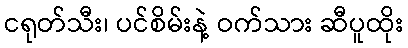
ငရုတ်သီး၊ ပင်စိမ်းနဲ့ ဝက်သား ဆီပူထိုး